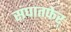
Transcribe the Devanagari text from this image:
संघातफेर्